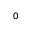
_ 0